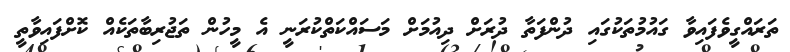
ތަރައްގީވެފައިވާ ގައުމުތަކުގައި ދުންފަތާ ދުރަށް ދިއުމަށް މަސައްކަތްކުރަނީ އެ މީހުން ތަޖުރިބާތަކެއް ކޮށްފައިވާތީ